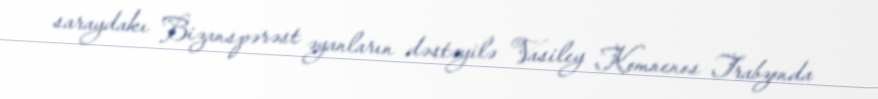
saraydakı Bizanspərəst əyanların dəstəyilə Vasiley Komnenos Trabzonda